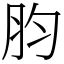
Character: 䏛